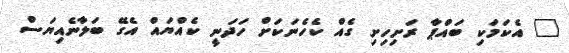
" އެކަމަކި ބައްޕާ ރަށިހިށި ގެއް ކެހެނަކަށް ހަދަނީ ކެއްޔައް އެގޭ ބަލާނެއިޔަސް